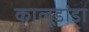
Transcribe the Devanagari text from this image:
कालूडांडा